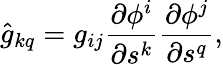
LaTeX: \hat{g}_{kq}=g_{ij}\frac{\partial\phi^{i}}{\partial s^{k}}\frac{\partial\phi^{j}}{\partial s^{q}},